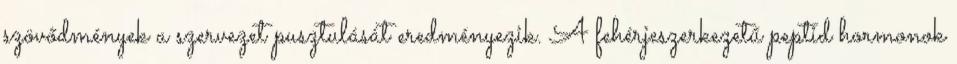
szövődmények a szervezet pusztulását eredményezik. A fehérjeszerkezetű peptid hormonok